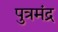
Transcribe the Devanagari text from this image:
पुत्रमंद्र